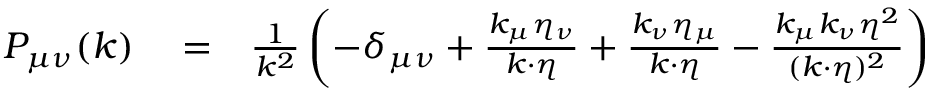
\begin{array} { r l r } { P _ { \mu \nu } ( k ) } & { { } = } & { { \frac { 1 } { k ^ { 2 } } } \left( - \delta _ { \mu \nu } + { \frac { k _ { \mu } \eta _ { \nu } } { k \cdot \eta } } + { \frac { k _ { \nu } \eta _ { \mu } } { k \cdot \eta } } - { \frac { k _ { \mu } k _ { \nu } \eta ^ { 2 } } { ( k \cdot \eta ) ^ { 2 } } } \right) } \end{array}